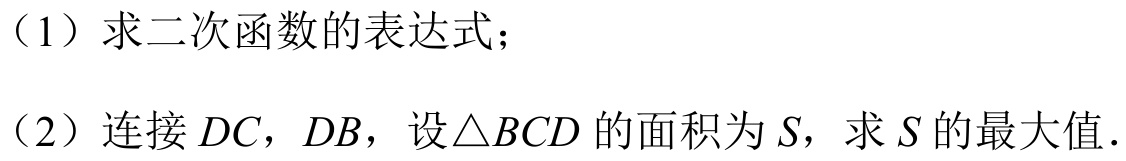
（1）求二次函数的表达式；
（2）连接 \(DC\)，\(DB\)，设\(\triangle BCD\)的面积为 \(S\)，求 \(S\)的最大值.